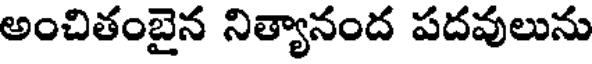
అంచితంబైన నిత్యానంద పదవులును